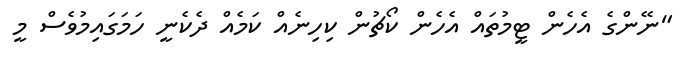
"ނޭންގެ އެހެން ޓީމުތައް އެހެން ކޯޗުން ކިހިނެއް ކަމެއް ދެކެނީ ހަމަގައިމުވެސް މީ